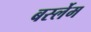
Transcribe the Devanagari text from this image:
बर्स्लेम